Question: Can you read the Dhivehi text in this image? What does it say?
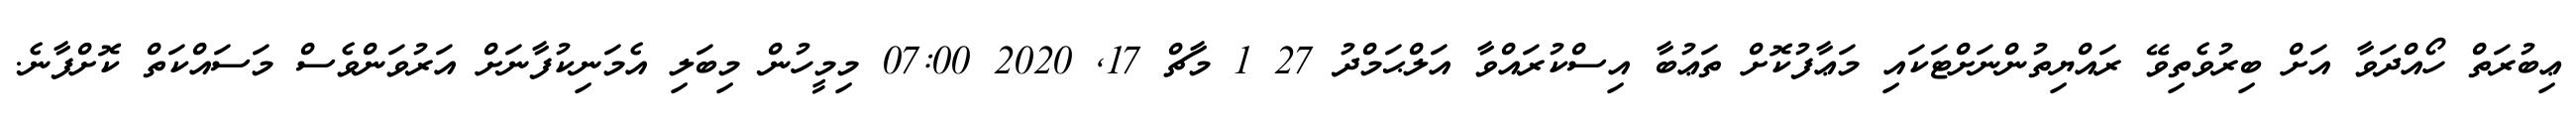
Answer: ޢިބުރަތް ހޯއްދަވާ އަށް ބިރުވެތިވޭ ރައްޔިތުންނަށްޓަކައި މަޢާފުކޮށް ތަޢުބާ އިސްކުރައްވާ އަލްޙަމްދު 27 1 މާޗް 17, 2020 07:00 މިމީހުން މިބަލި އެމަނިކުފާނަށް އަރުވަންވެސް މަސައްކަތް ކޮށްފާނެ.